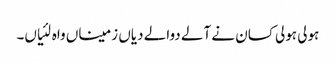
ہولی ہولی کسان نے آلے دوالے دیاں زمیناں واہ لئیاں۔